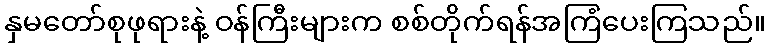
နှမတော်စုဖုရားနဲ့ ဝန်ကြီးများက စစ်တိုက်ရန်အကြံပေးကြသည်။